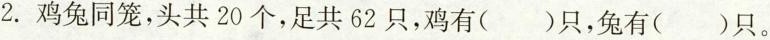
2.鸡兔同笼，头共20个，足共62只，鸡有()只，兔有()只。